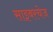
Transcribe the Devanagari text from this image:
साइबरचेज